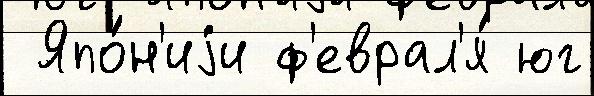
 Япо́н'иjи ф'еврал'я́ юг